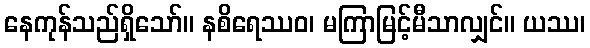
နေကုန်သည်ရှိသော်။ နစိရေဿဝ၊ မကြာမြင့်မီသာလျှင်။ ယဿ၊